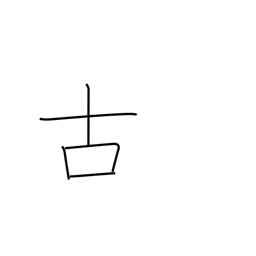
Meaning: old